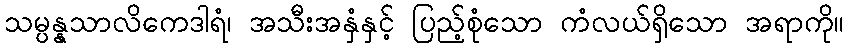
သမ္ပန္နသာလိကေဒါရံ၊ အသီးအနှံနှင့် ပြည့်စုံသော ကံလယ်ရှိသော အရာကို။